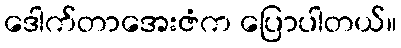
ဒေါက်တာအေးဇံက ပြောပါတယ်။